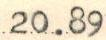
20.89